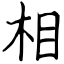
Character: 相